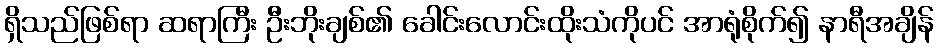
ရှိသည်ဖြစ်ရာ ဆရာကြီး ဦးဘိုးချစ်၏ ခေါင်းလောင်းထိုးသံကိုပင် အာရုံစိုက်၍ နာရီအချိန်